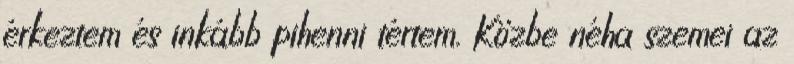
érkeztem és inkább pihenni tértem. Közbe néha szemei az